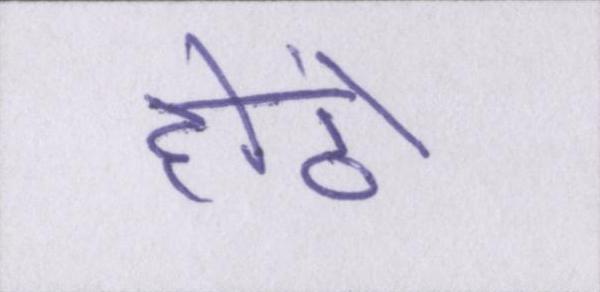
होंठों